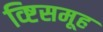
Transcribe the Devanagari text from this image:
व्ष्टिसमूह